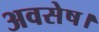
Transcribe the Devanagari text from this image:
अवसेष।